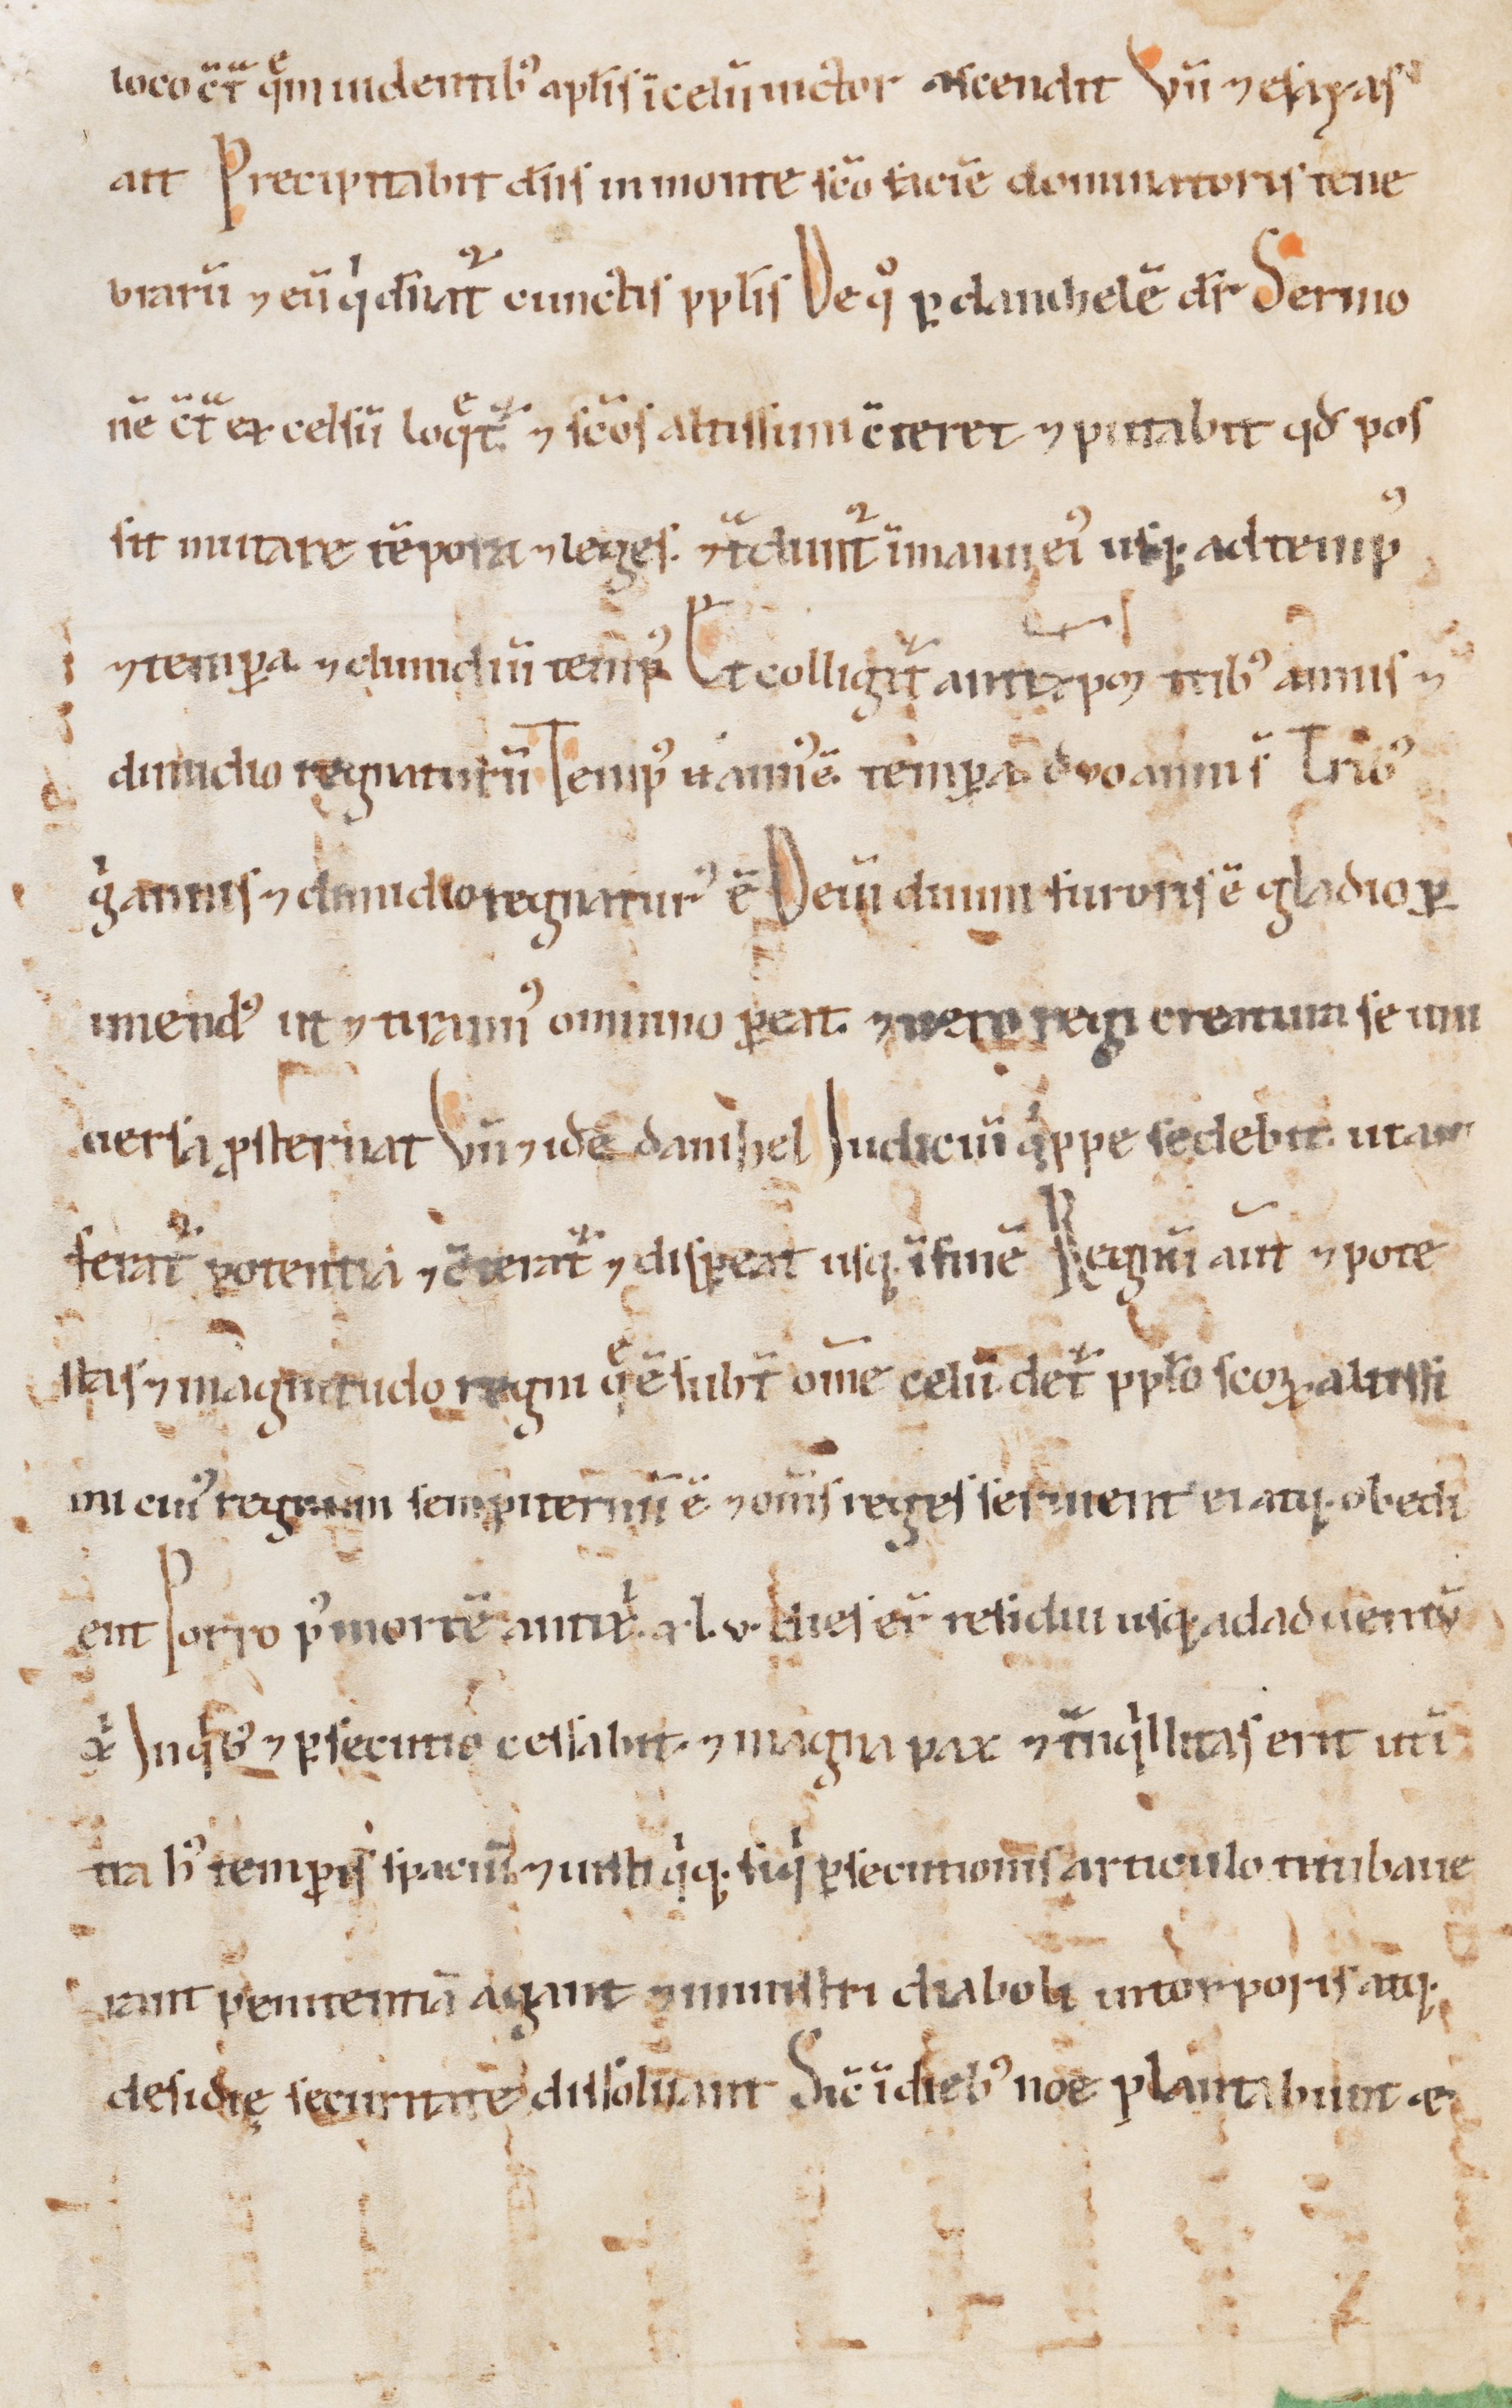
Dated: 1100–1199